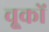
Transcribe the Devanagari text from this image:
चू्कों